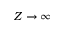
Z \to \infty